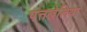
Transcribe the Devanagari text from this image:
पत्तखेलिया